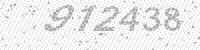
Solution: 912438